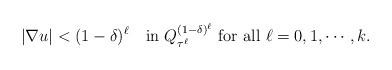
LaTeX: \begin{align*}|\nabla u|< (1-\delta)^{\ell}\quad\mbox{in }Q^{(1-\delta)^{\ell}}_{\tau^{\ell}} \mbox{ for all }\ell=0,1,\cdots, k.\end{align*}